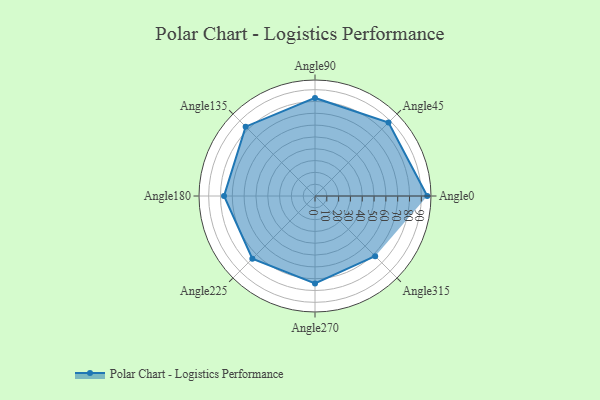
{"axis": {"x": "Angle", "y": "Radius"}, "legend": [""], "data": [{"x": "Angle0", "y": 95.0, "type": ""}, {"x": "Angle45", "y": 88.0, "type": ""}, {"x": "Angle90", "y": 83.0, "type": ""}, {"x": "Angle135", "y": 83.0, "type": ""}, {"x": "Angle180", "y": 77.0, "type": ""}, {"x": "Angle225", "y": 75.0, "type": ""}, {"x": "Angle270", "y": 74.0, "type": ""}, {"x": "Angle315", "y": 72.0, "type": ""}]}